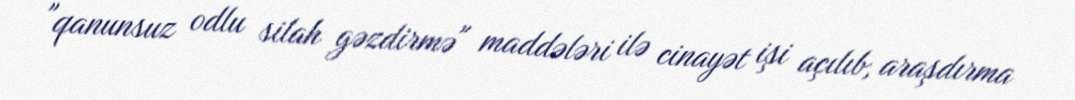
"qanunsuz odlu silah gəzdirmə" maddələri ilə cinayət işi açılıb, araşdırma